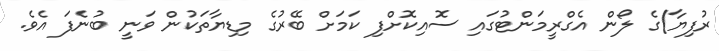
ރުފިޔާ)ގެ ލޯން އެގްރީމަންޓުގައި ސޮއިކޮށްފި ކަމަށް ބޭރުގެ މިޑިޔާތަކުން ވަނީ ބުނެފަ އެވެ.